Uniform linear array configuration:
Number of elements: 4
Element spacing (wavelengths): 1
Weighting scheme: uniform
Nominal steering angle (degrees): -45
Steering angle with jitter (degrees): -44.753
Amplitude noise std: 0.05
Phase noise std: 0.05

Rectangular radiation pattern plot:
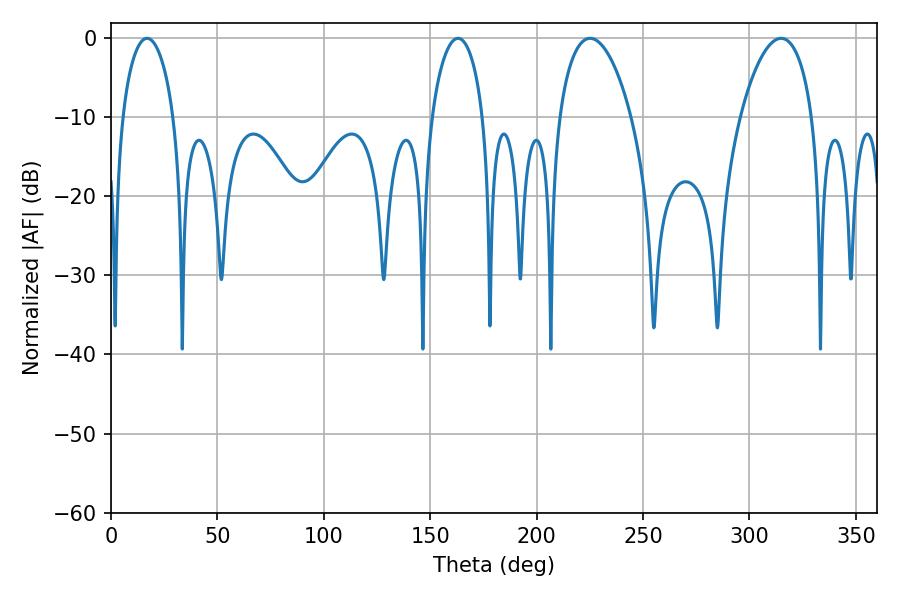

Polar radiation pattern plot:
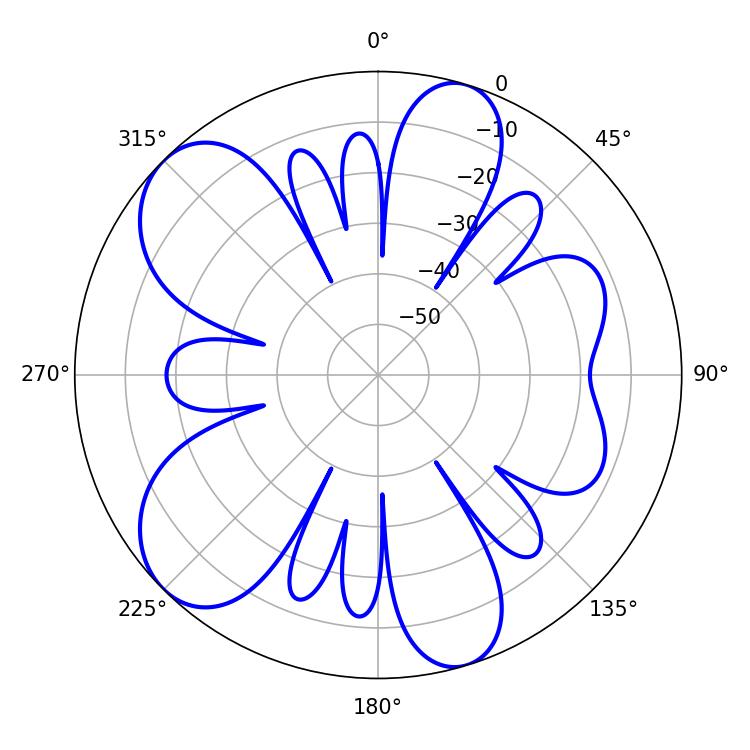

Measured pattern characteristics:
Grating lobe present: TRUE
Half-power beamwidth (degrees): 13.86
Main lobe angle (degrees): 163.08